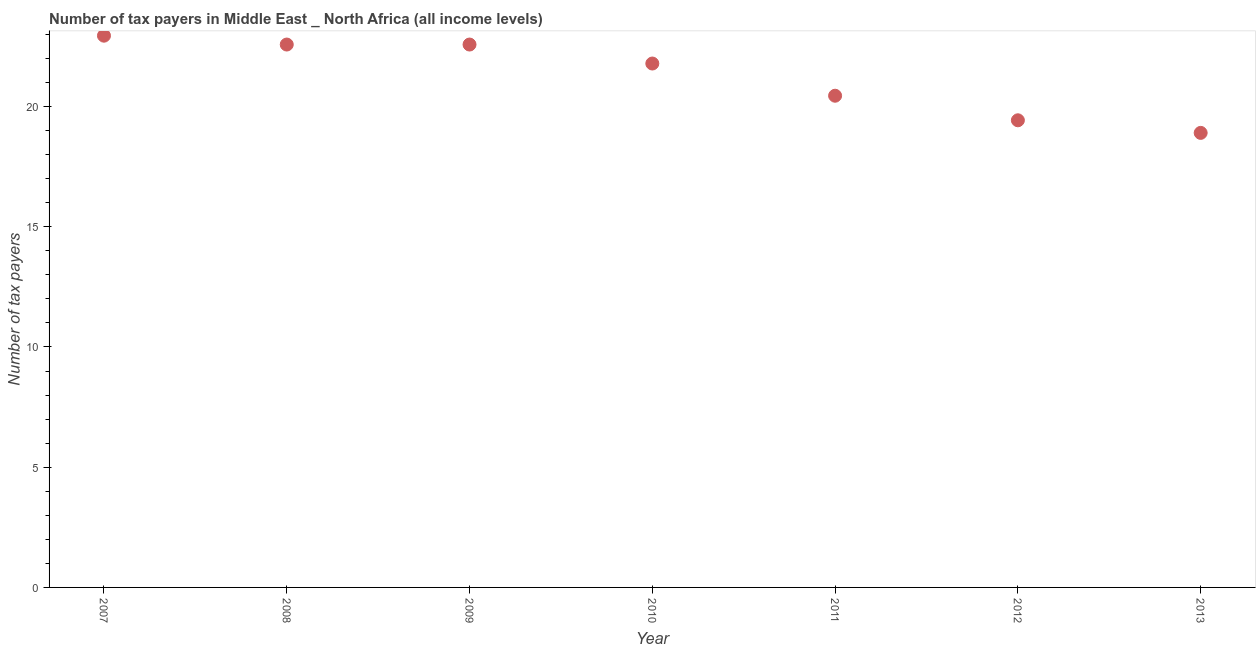
| Year | Tax payments |
 | --- | --- |
 | 2007 | 22.9 |
 | 2008 | 22.6 |
 | 2009 | 22.6 |
 | 2010 | 21.8 |
 | 2011 | 20.4 |
 | 2012 | 19.4 |
 | 2013 | 18.9 |